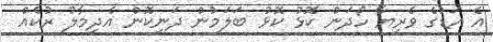
އެ އަޑުގެ ވެރިޔާ ހޯދަން ކޮޅު ކޮޅު ބަލަމުން ދަނިކޮން އެދިމާލު ރުކެއް